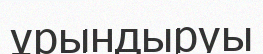
ұрындыруы